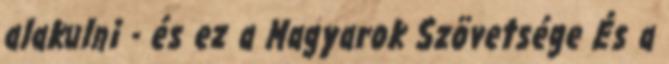
alakulni - és ez a Magyarok Szövetsége És a